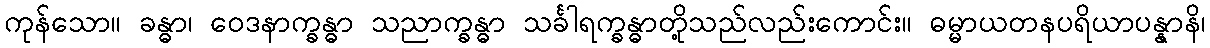
ကုန်သော။ ခန္ဓာ၊ ဝေဒနာက္ခန္ဓာ သညာက္ခန္ဓာ သင်္ခါရက္ခန္ဓာတို့သည်လည်းကောင်း။ ဓမ္မာယတနပရိယာပန္နာနိ၊